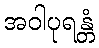
အဝါပုရန္တံ